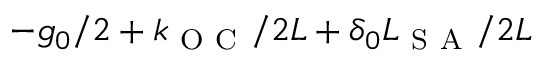
- g _ { 0 } / 2 + k _ { \mathrm { ~ O ~ C ~ } } / 2 L + \delta _ { 0 } L _ { \mathrm { ~ S ~ A ~ } } / 2 L